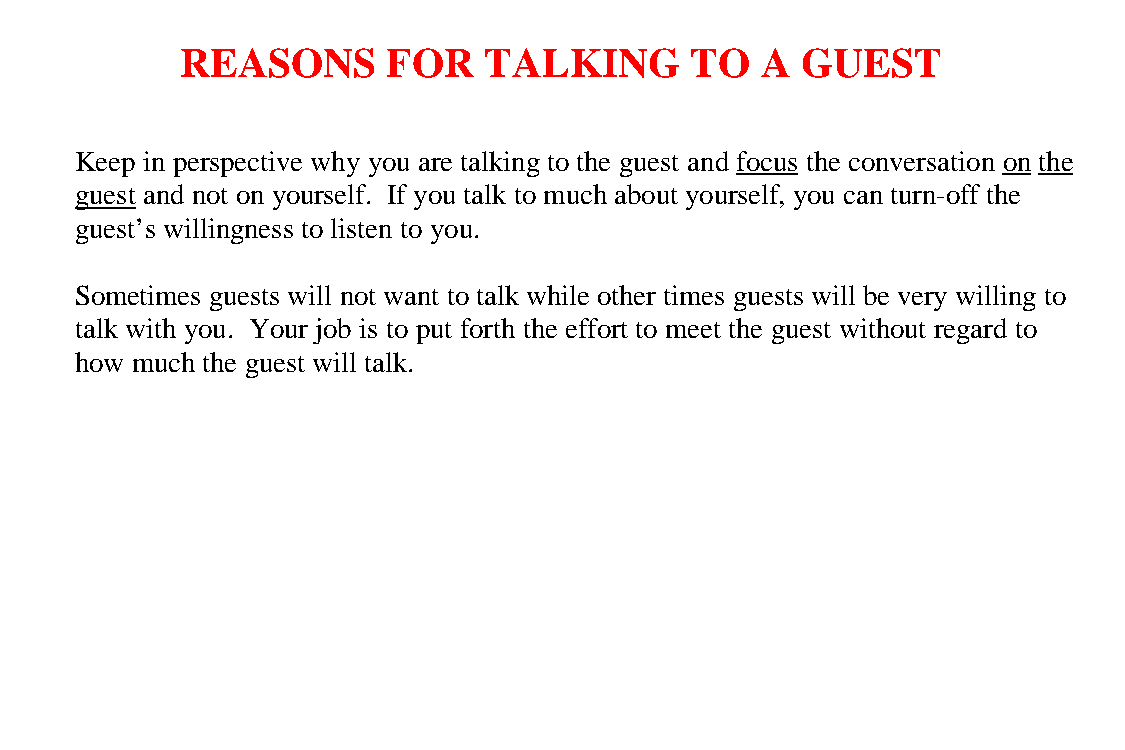
REASONS       FOR   TALKING       TO  A  GUEST
 Keep in perspective why you are talking to the guest and focus the conversation on the
 guest and not on yourself. If you talk to much about yourself, you can turn-off the
 guest’s willingness to listen to you.
 Sometimes guests will not want to talk while other times guests will be very willing to
 talk with you. Your job is to put forth the effort to meet the guest without regard to
 how much the guest will talk.